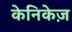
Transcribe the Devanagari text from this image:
केनिकेज़